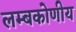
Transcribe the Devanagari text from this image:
लम्बकोणीय